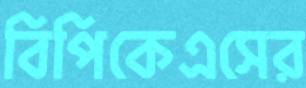
বিপিকেএসের